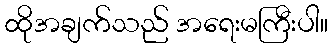
ထိုအချက်သည် အရေးမကြီးပါ။